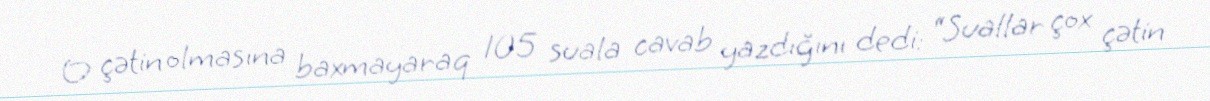
O çətin olmasına baxmayaraq 105 suala cavab yazdığını dedi: “Suallar çox çətin